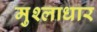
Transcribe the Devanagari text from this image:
मुश्लाधार